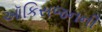
ઑકિસજનની